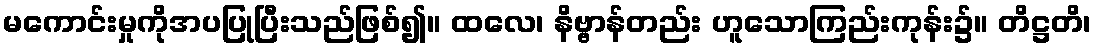
မကောင်းမှုကိုအပပြုပြီးသည်ဖြစ်၍။ ထလေ၊ နိဗ္ဗာန်တည်း ဟူသောကြည်းကုန်း၌။ တိဋ္ဌတိ၊